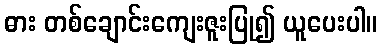
ဓား တစ်ချောင်းကျေးဇူးပြု၍ ယူပေးပါ။